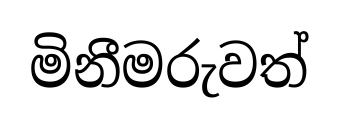
මිනීමරුවත්